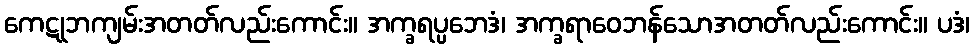
ကေဋုဘကျမ်းအတတ်လည်းကောင်း။ အက္ခရပ္ပဘေဒံ၊ အက္ခရာဝေဘန်သောအတတ်လည်းကောင်း။ ပဒံ၊